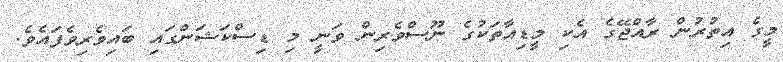
މީގެ އިތުރުން ރާއްޖޭގެ އެކި މީޑިއާތަކުގެ ނޫސްވެރިން ވަނީ މި ޑިސްކަޝަންގައި ބައިވެރިވެފައެވެ.